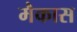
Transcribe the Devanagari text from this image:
मैकास